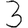
Digit: 3